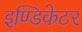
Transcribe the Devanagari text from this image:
इण्डिकेटर